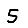
Digit: 5